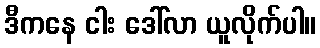
ဒီကနေ ငါး ဒေါ်လာ ယူလိုက်ပါ။